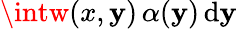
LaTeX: \intw(x,\mathbf{y})\, \alpha(\mathbf{y})\, \mathrm{{d}}\mathbf{y}